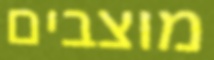
מוצבים